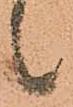
候